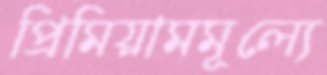
প্রিমিয়ামমূল্যে